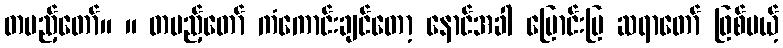
တပည့်တော်။ ။ တပည့်တော် ကံကောင်းချင်တော့ နောင်အခါ မြောင်းမြ ဆရာတော် ဖြစ်မယ့်